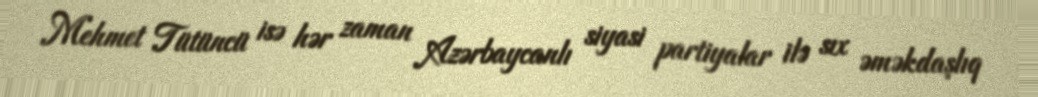
Mehmet Tütüncü isə hər zaman Azərbaycanlı siyasi partiyalar ilə sıx əməkdaşlıq